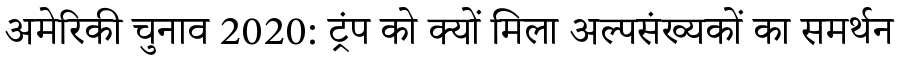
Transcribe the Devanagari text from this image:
अमेरिकी चुनाव 2020: ट्रंप को क्यों मिला अल्पसंख्यकों का समर्थन